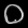
Digit: ၀